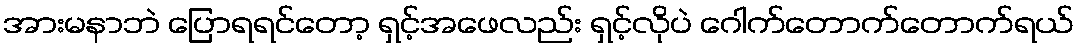
အားမနာဘဲ ပြောရရင်တော့ ရှင့်အဖေလည်း ရှင့်လိုပဲ ဂေါက်တောက်တောက်ရယ်